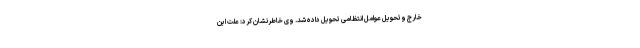
خارج وتحویل عوامل انتظامی تحویل داده شد. وی خاطرنشان کرد: علت این